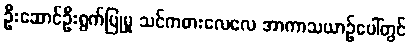
ဦးဆောင်ဦးရွက်ပြုမှု သင်ကစားလေလေ အာကာသယာဉ်ပေါ်တွင်